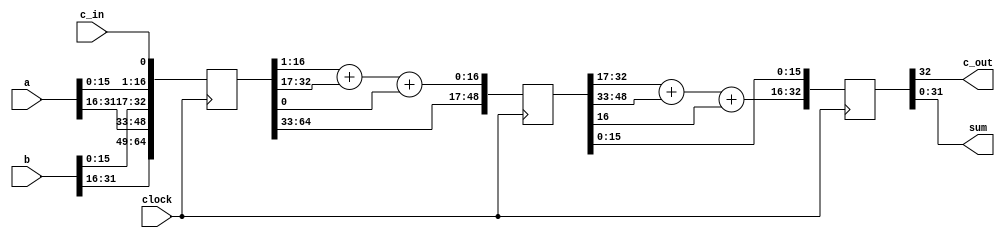
module add_32_pipe_2stage(c_out,sum,a,b,c_in,clock);
parameter size = 32 ;
parameter half = size/2 ;
parameter double = 2 * size ;
parameter triple = 3 * half ;
parameter size1 = half-1 ;  //15
parameter size2 = size-1 ;  //31
parameter size3 = half+1 ;  //17
parameter R1 = 1 ;          //1
parameter L1 = half ;
parameter R2 = size3 ;
parameter L2 = size ;
parameter R3 = size + 1 ;
parameter L3 = size + half ;
parameter R4 = double - half + 1 ;
parameter L4 = double ;

input [size2 : 0]   a,b ;
input               c_in , clock ;

output [size2 : 0]  sum ;
output              c_out ;

reg [double : 0] IR ;
reg [triple : 0] PR ;
reg [size : 0]   OR ;

assign {c_out , sum } = OR ;

always @(posedge clock)
begin
    // Load input register

    IR[0] <= c_in ;

    IR[L1 : R1] <= a[size1 : 0] ;
    IR[L2 : R2] <= b[size1 : 0] ;

    IR[L3 : R3] <= a[size2 : half] ;
    IR[L4 : R4] <= b[size2 : half] ;
end

always @(negedge clock)
begin
    // Load pipeline register

    { PR[half] , PR[size1 : 0] } = IR[L1 : R1] + IR[L2 : R2] + IR[0] ;

    PR[L2 : R2] <= IR[L3 : R3] ;
    PR[L3 : R3] <= IR[L4 : R4] ;
end

always @(posedge clock)
begin
    // Load output register

    OR[size1 : 0] <= PR[size1 : 0] ;
    { OR[size] , OR[size2 : half] } = PR[L2 : R2] + PR[L3 : R3] + PR[half];
end

endmodule